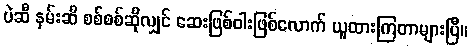
ပဲဆီ နှမ်းဆီ စစ်စစ်ဆိုလျှင် ဆေးဖြစ်ဝါးဖြစ်လောက် ယူထားကြတာများပြီ။